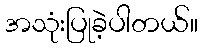
အသုံးပြုခဲ့ပါတယ်။